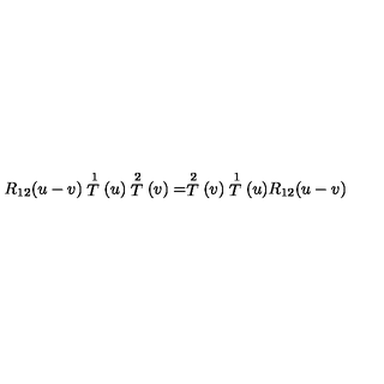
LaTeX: R _ { 1 2 } ( u - v ) \stackrel { 1 } { T } ( u ) \stackrel { 2 } { T } ( v ) = \stackrel { 2 } { T } ( v ) \stackrel { 1 } { T } ( u ) R _ { 1 2 } ( u - v )